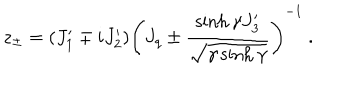
LaTeX: z _ { \pm } = ( J _ { 1 } ^ { \prime } \mp i J _ { 2 } ^ { \prime } ) \left( J _ { q } \pm \displaystyle \frac { \sinh \gamma J _ { 3 } ^ { \prime } } { \sqrt { \gamma \sinh \gamma } } \right) ^ { - 1 } ~ .